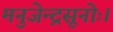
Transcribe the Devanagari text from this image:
मनुजेन्द्रसूनोः।